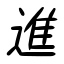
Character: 進